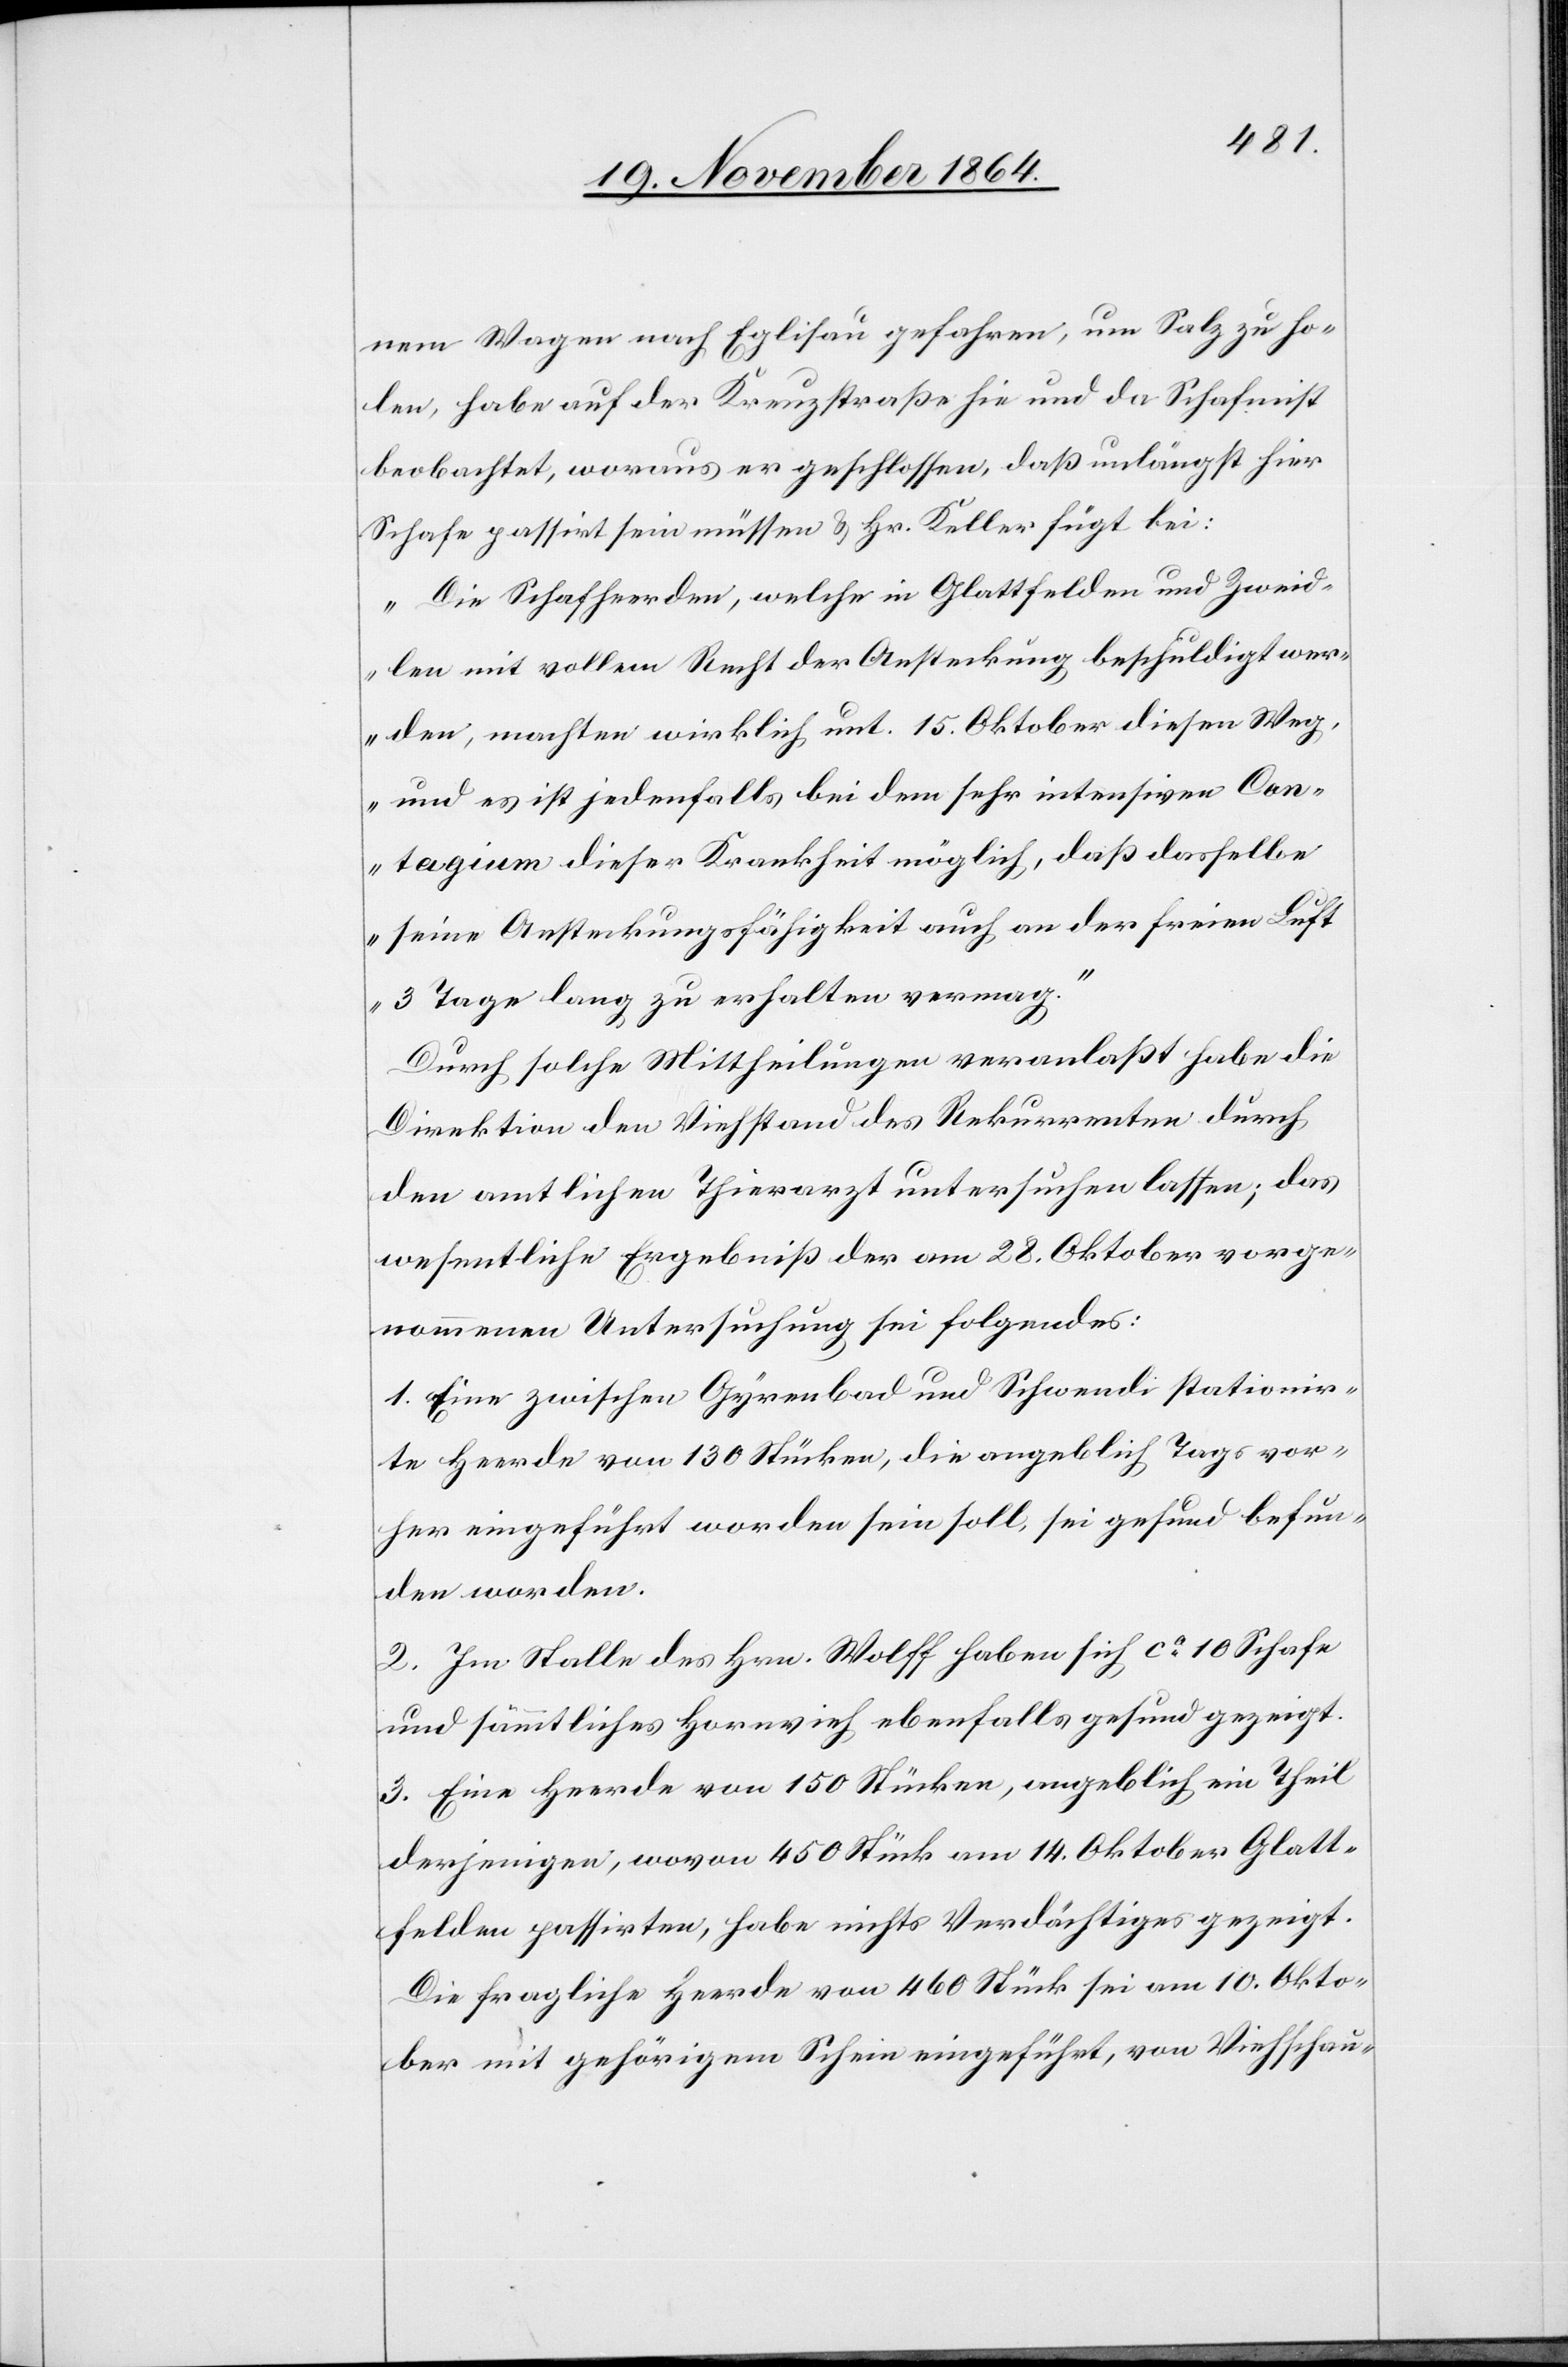
nem Wagen nach Eglisau gefahren, um Salz zu ho¬
len, habe auf der Kreuzstraße hie und da Schafmist
beobachtet, woraus er geschlossen, daß unlängst hier
Schafe passirt sein müssen & Hr. Keller fügt bei:
„Die Schafheerden, welche in Glattfelden und Zweid¬
len mit vollem Recht der Ansteckung beschuldigt wer¬
den, machten wirklich unt. 15. Oktober diesen Weg,
und es ist jedenfalls bei dem sehr intensiven Con¬
tagium dieser Krankheit möglich, daß dasselbe
seine Ansteckungsfähigkeit auch an der freien Luft
3 Tage lang zu erhalten vermag.“
Durch solche Mittheilungen veranlaßt habe die
Direktion den Viehbestand des Rekurrenten durch
den amtlichen Thierarzt untersuchen lassen; das
wesentliche Ergebniß der am 28. Oktober vorge¬
nommenen Untersuchung sei folgendes:
1. Eine zwischen Gyrenbad und Schwendi stationir¬
te Heerde von 130 Stücken, die angeblich Tags vor¬
her eingeführt worden sein soll, sei gesund befun¬
den worden.
2. Im Stalle des Hrn. Wolff haben sich ca 10 Schafe
und sämmtliches Hornvieh ebenfalls gesund gezeigt.
3. Eine Heerde von 150 Stücken, angeblich ein Theil
derjenigen, wovon 450 Stück am 14. Oktober Glatt¬
felden passirten, habe nichts Verdächtiges gezeigt.
Die fragliche Heerde von 460 Stück sei am 10. Okto¬
ber mit gehörigem Schein eingeführt, von Viehschau-